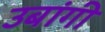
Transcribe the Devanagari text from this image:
उबांगी